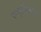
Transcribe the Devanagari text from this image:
उत्सृष्टिकांक